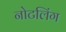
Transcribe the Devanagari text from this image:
नोटलिंग